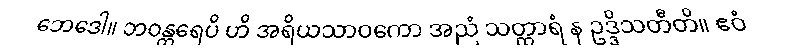
ဘေဒေါ။ ဘဝန္တရေပိ ဟိ အရိယသာဝကော အညံ သတ္ထာရံ န ဥဒ္ဒိသတီတိ။ ဧဝံ